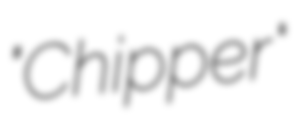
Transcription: "Chipper"